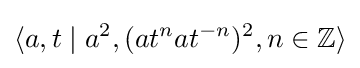
\langle a,t\mid a^{2},(at^{n}at^{-n})^{2},n\in \mathbb {Z} \rangle